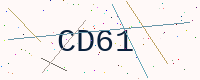
Text: CD61